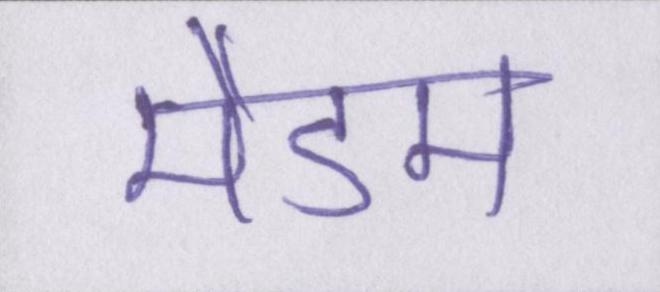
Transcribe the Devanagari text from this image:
मैडम